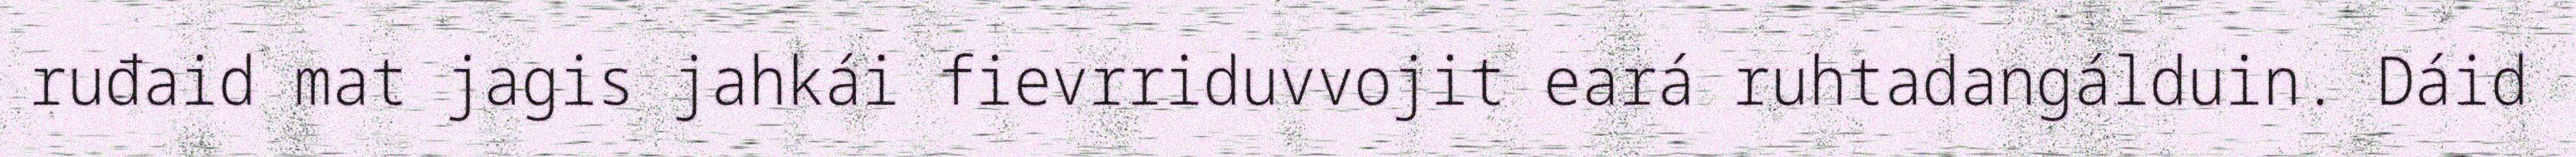
ruđaid mat jagis jahkái fievrriduvvojit eará ruhtadangálduin. Dáid